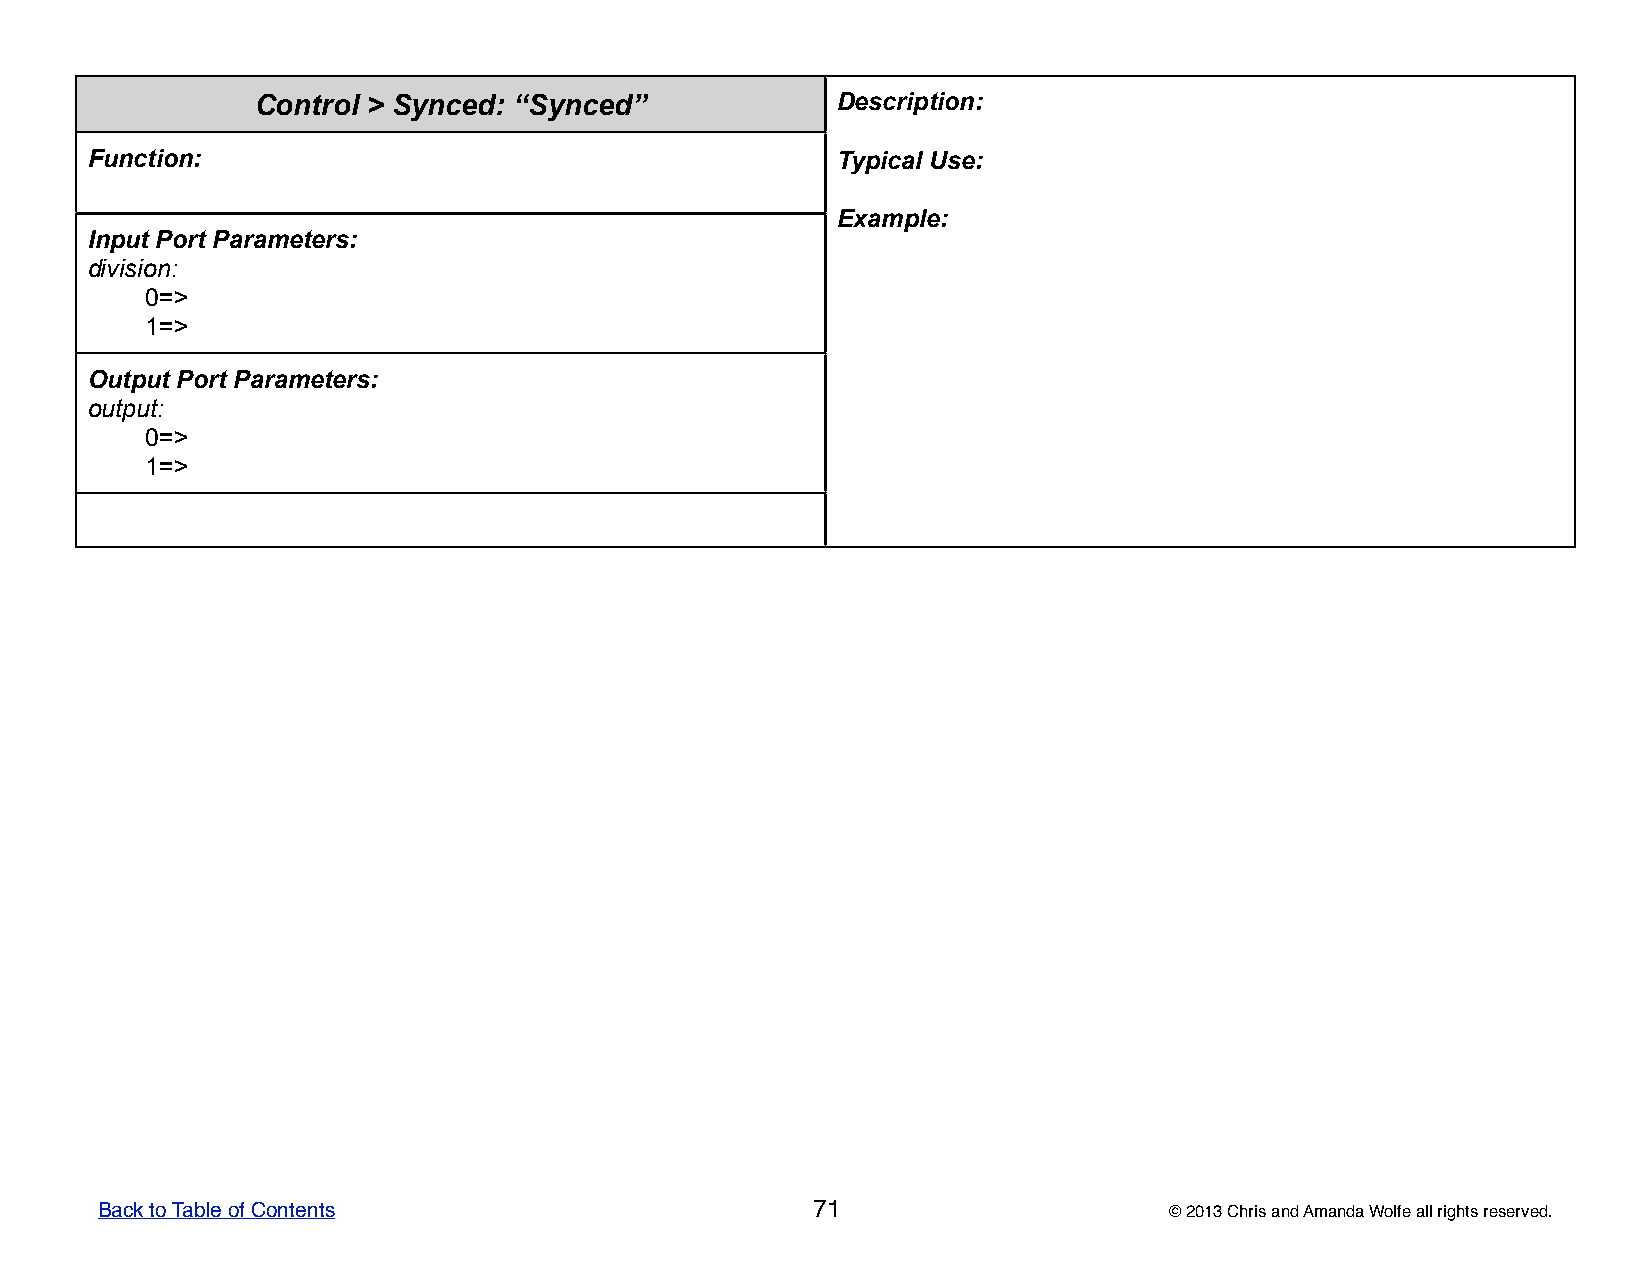
Control > Synced: “Synced”            DDDDDeeeeessssscccccrrrrriiiiippppptttttiiiiiooooonnnnn:::::
 Function:                                        TTTTTyyyyypppppiiiiicccccaaaaalllll UUUUUssssseeeee:::::
 EEEEExxxxxaaaaammmmmpppppllllleeeee:::::
 Input Port Parameters:
 division:
 0=>
 1=>
 Output Port Parameters:
 output:
 0=>
 1=>
 Back to Table of Contents                       71                     © 2013 Chris and Amanda Wolfe all rights reserved.